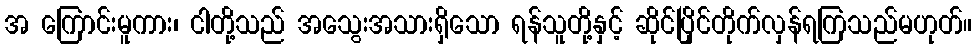
အ ကြောင်းမူကား၊ ငါတို့သည် အသွေးအသားရှိသော ရန်သူတို့နှင့် ဆိုင်ပြိုင်တိုက်လှန်ရကြသည်မဟုတ်။